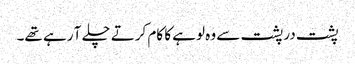
پشت در پشت سے وہ لوہے کا کام کرتے چلے آ رہے تھے۔